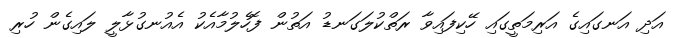
އަދި އަނގައިގެ އަރިމަތީގައި ހޭކިފައިވާ ރަތްކުލަގަނޑު އަތުން ފޮހެލުމާއެކު އެއުނގުޅާލީ ލައިގެން ހުރި